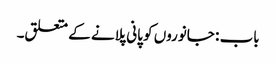
باب : جانوروں کو پانی پلانے کے متعلق۔